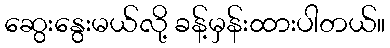
ဆွေးနွေးမယ်လို့ ခန့်မှန်းထားပါတယ်။